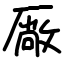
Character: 厰